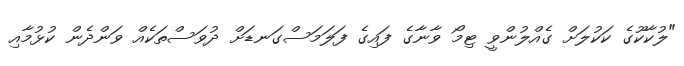
"ލުކާކޫގެ ކަކުލަށް ގެއްލުންވީ ޓިމޯ ވާނާގެ ފައިގެ ފަލަމަސްގަނޑަށް ދުވަސްތަކެއް ވަންދެން ކުޅުމާއި